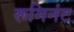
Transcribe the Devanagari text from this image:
रूमिनंट